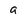
Character: g